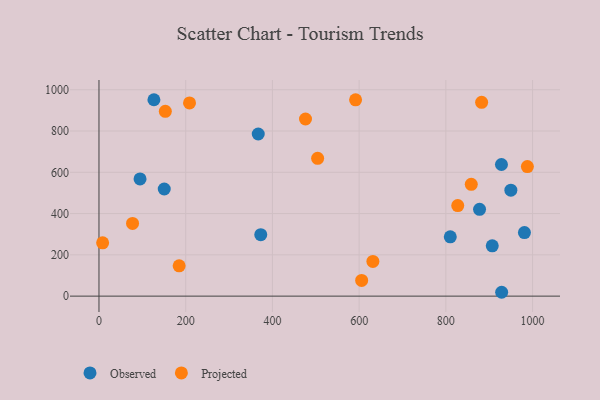
{"axis": {"x": "Price", "y": "Exam Score"}, "legend": ["Observed", "Projected"], "data": [{"x": "126.7", "y": 951.6, "type": "Observed"}, {"x": "928.2", "y": 637.8, "type": "Observed"}, {"x": "877.7", "y": 420.4, "type": "Observed"}, {"x": "907.0", "y": 243.6, "type": "Observed"}, {"x": "94.7", "y": 567.7, "type": "Observed"}, {"x": "367.3", "y": 785.5, "type": "Observed"}, {"x": "949.9", "y": 513.5, "type": "Observed"}, {"x": "928.7", "y": 18.7, "type": "Observed"}, {"x": "981.2", "y": 308.0, "type": "Observed"}, {"x": "373.1", "y": 297.7, "type": "Observed"}, {"x": "810.2", "y": 287.4, "type": "Observed"}, {"x": "150.5", "y": 519.0, "type": "Observed"}, {"x": "208.8", "y": 936.1, "type": "Projected"}, {"x": "882.5", "y": 938.9, "type": "Projected"}, {"x": "858.6", "y": 541.9, "type": "Projected"}, {"x": "476.3", "y": 858.2, "type": "Projected"}, {"x": "631.7", "y": 168.0, "type": "Projected"}, {"x": "8.4", "y": 258.1, "type": "Projected"}, {"x": "605.8", "y": 76.1, "type": "Projected"}, {"x": "77.4", "y": 352.2, "type": "Projected"}, {"x": "153.0", "y": 895.4, "type": "Projected"}, {"x": "184.9", "y": 146.8, "type": "Projected"}, {"x": "504.3", "y": 667.7, "type": "Projected"}, {"x": "988.0", "y": 627.7, "type": "Projected"}, {"x": "827.4", "y": 438.8, "type": "Projected"}, {"x": "591.8", "y": 950.9, "type": "Projected"}]}